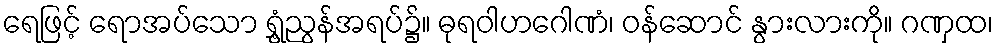
ရေဖြင့် ရောအပ်သော ရွှံ့ညွန်အရပ်၌။ ဓုရဝါဟဂေါဏံ၊ ဝန်ဆောင် နွားလားကို။ ဂဏှထ၊